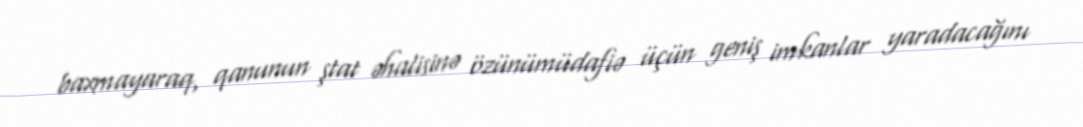
baxmayaraq, qanunun ştat əhalisinə özünümüdafiə üçün geniş imkanlar yaradacağını